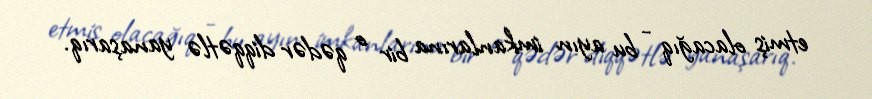
etmiş olacağıq - bu ayın imkanlarına bir o qədər diqqətlə yanaşarıq.